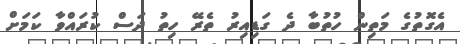
އެގޮތުގެ މަތިން ހުތުބާ ދެ ގަޑިއިރު ތެރޭ ހިތު ދަސް ކުރައްވާ ކަމަށް